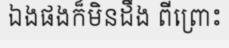
ឯងផងក៏មិនដឹង ពីព្រោះ